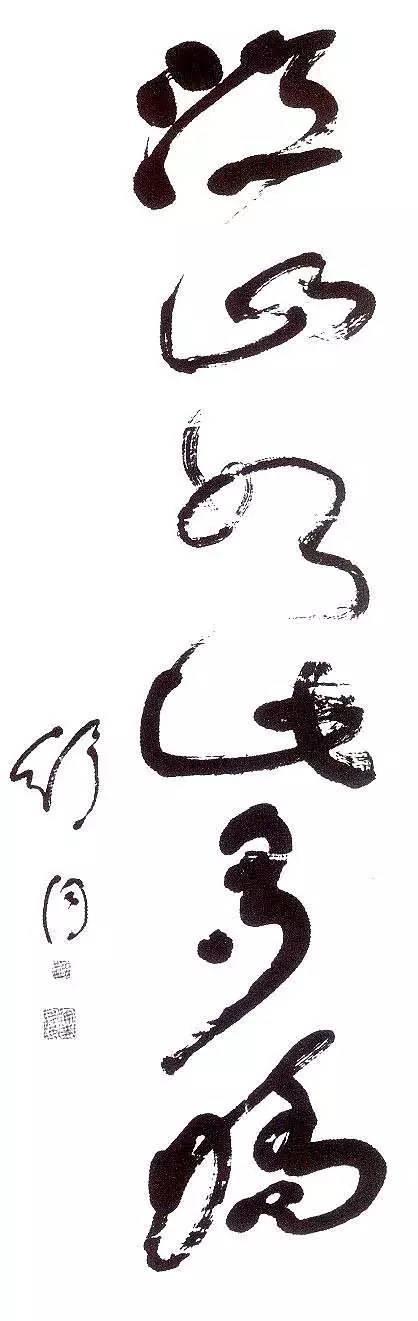
灵台无计逃神矢，风雨如磐暗故园。